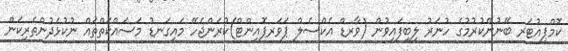
ކޮމްޕިއުޓަރ ބޭނުންކުރުމުގެ ހުނަރު ލިބިފައިވުން (ވާރޑް އެކްސެލް ޕަވަރޕޮއިންޓް)ކުރަންޖެހޭ މައިގަނޑު މަސައްކަތްތައް ނުކުޅެދުންތެރިކަން